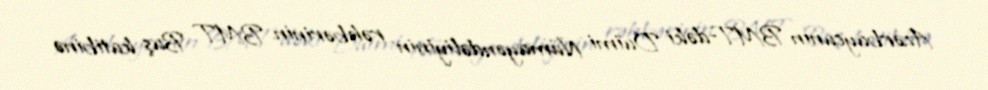
Azərbaycanın BMT-dəki Daimi Nümayəndəliyinin rəhbərinin BMT Baş katibinə